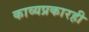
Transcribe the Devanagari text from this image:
काव्यप्रकारही